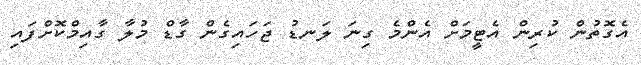
އެގޮތުން ކުރިން އެޓީމަށް އެންމެ ގިނަ ލަނޑު ޖަހައިގެން ގާޑް މުލާ ގާއިމްކޮށްފައި